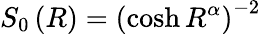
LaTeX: S_{0}\left(R\right)=\left(\cosh R^{\alpha}\right)^{-2}